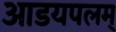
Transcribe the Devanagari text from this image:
आडयपलम्‌